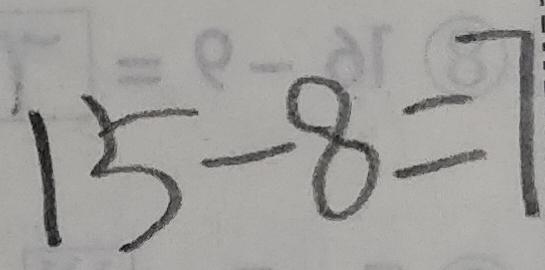
1 5 - 8 = 7